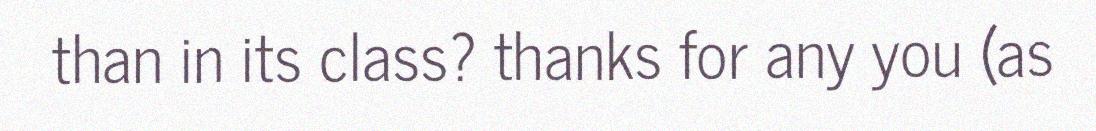
than in its class? thanks for any you (as